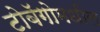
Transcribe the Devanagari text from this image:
टोबॅगोमधील